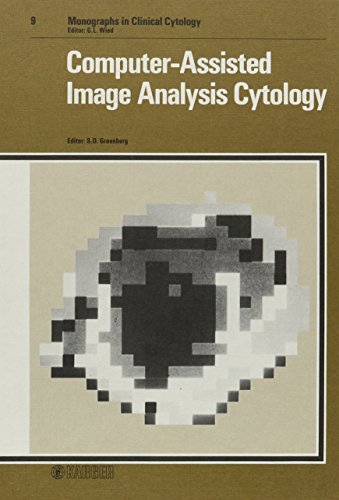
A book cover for Computer-Assisted Image Analysis Cytology (Monographs in Clinical Cytology, Vol. 9); Medical Books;